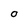
Character: O